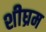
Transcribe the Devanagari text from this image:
शीघ्रम